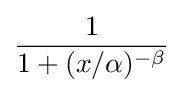
{1 \over 1+(x/\alpha )^{-\beta }}